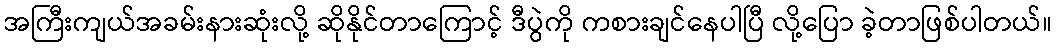
အကြီးကျယ်အခမ်းနားဆုံးလို့ ဆိုနိုင်တာကြောင့် ဒီပွဲကို ကစားချင်နေပါပြီ လို့ပြော ခဲ့တာဖြစ်ပါတယ်။